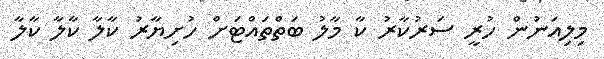
މިލިއަނުން ހުރީ ސަރުކާރު ކާ މާލު ބަތްތައްޓަށް ހުށިޔާރު ކާލާ ކާލާ ކާލާ